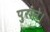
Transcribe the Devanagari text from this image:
पुराने।